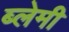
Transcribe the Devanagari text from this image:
ब्लेमी